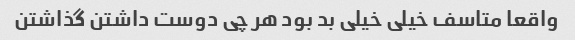
واقعا متاسف خیلی خیلی بد بود هر چی دوست داشتن گذاشتن